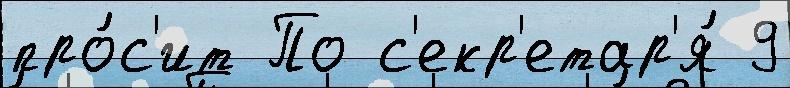
про́с'ит По с'екр'етар'я́ 9